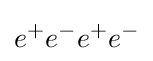
e^{+}e^{-}e^{+}e^{-}